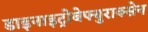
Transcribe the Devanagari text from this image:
डाइनाइट्रोबेफ्युराक्सेन